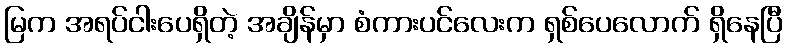
မြက အရပ်ငါးပေရှိတဲ့ အချိန်မှာ စံကားပင်လေးက ရှစ်ပေလောက် ရှိနေပြီ